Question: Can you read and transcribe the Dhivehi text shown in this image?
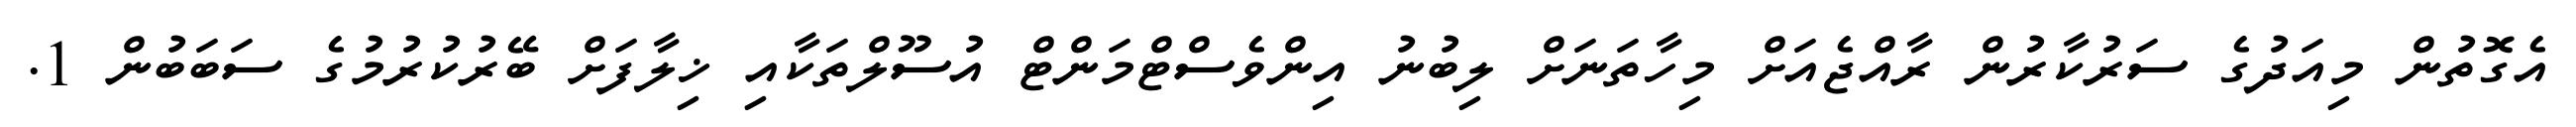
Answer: އެގޮތުން މިއަދުގެ ސަރުކާރުން ރާއްޖެއަށް މިހާތަނަށް ލިބުނު އިންވެސްޓްމަންޓް އުސޫލްތަކާއި ޚިލާފަށް ބޭރުކުރުމުގެ ސަބަބުން 1.